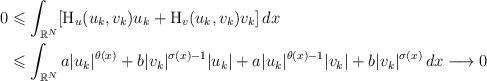
LaTeX: \begin{align*}0 & \leqslant \int_{\mathbb{R}^{N}}[\mathrm{H}_{u}(u_k,v_k)u_k+ \mathrm{H}_{v}(u_k,v_k)v_k]\,dx \\&\leqslant \int_{\mathbb{R}^{N}} a|u_{k}|^{\theta(x)}+ b|v_{k}|^{\sigma(x)-1}|u_k|+a |u_{k}|^{\theta(x)-1}|v_{k}|+b |v_k|^{\sigma(x)}\,dx\longrightarrow 0\end{align*}